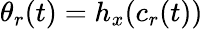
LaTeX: \theta_{r}(t)=h_{x}(c_{r}(t))